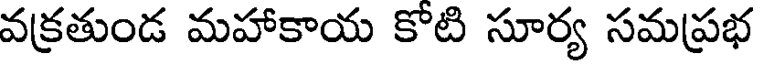
వక్రతుండ మహాకాయ కొటి సూర్య సమప్రభ